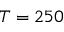
T = 2 5 0